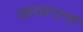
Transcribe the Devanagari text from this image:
कव्वालों